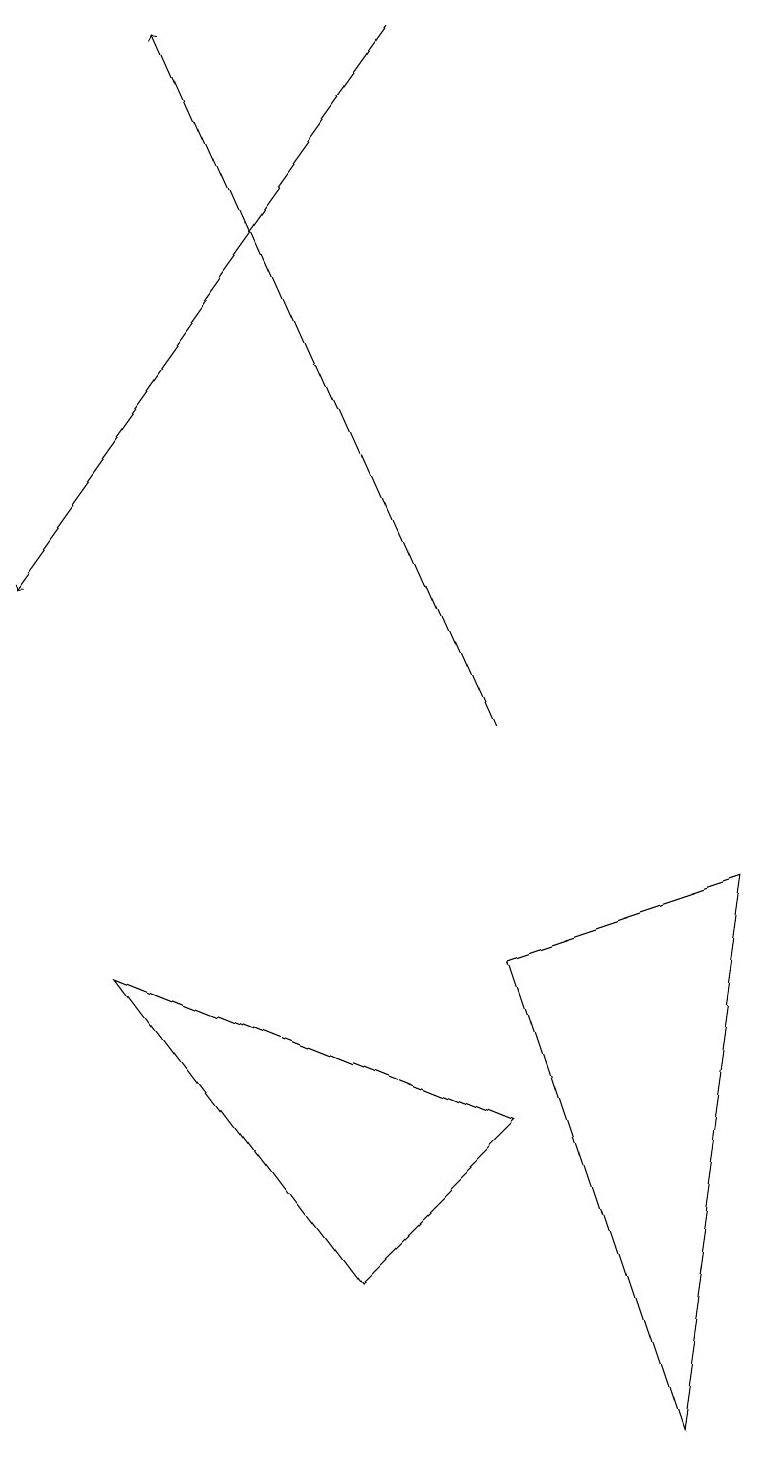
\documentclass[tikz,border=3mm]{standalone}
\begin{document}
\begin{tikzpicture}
\draw[->] (6,10) -- (2,19);
\draw[->] (5,19) -- (0,12);
\draw (6,5) -- (1,7) -- (4,3) -- cycle;
\draw (8,1) -- (6,7) -- (9,8) -- cycle;
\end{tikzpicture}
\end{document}